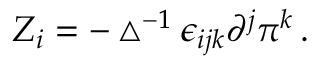
Z _ { i } = - \bigtriangleup ^ { - 1 } \epsilon _ { i j k } \partial ^ { j } \pi ^ { k } \, .